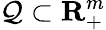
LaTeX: {\cal Q}\subset{\mathbf{R}}_{+}^{m}